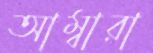
আম্বারা